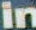
in